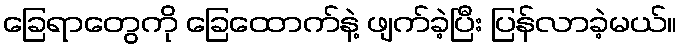
ခြေရာတွေကို ခြေထောက်နဲ့ ဖျက်ခဲ့ပြီး ပြန်လာခဲ့မယ်။